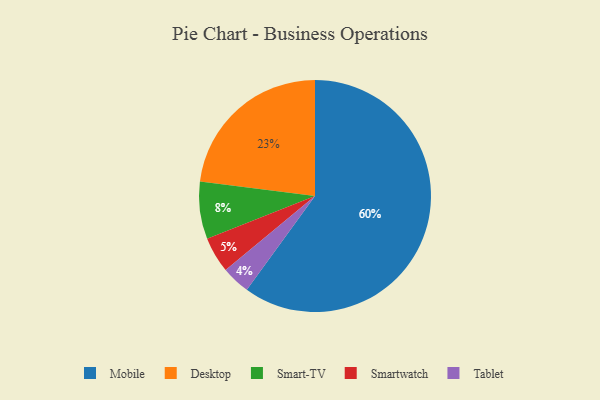
{"axis": {"x": "Category", "y": "Percentage"}, "legend": ["Desktop", "Mobile", "Smart-TV", "Smartwatch", "Tablet"], "data": [{"x": "Desktop", "y": 23, "type": "Desktop"}, {"x": "Tablet", "y": 4, "type": "Tablet"}, {"x": "Mobile", "y": 60, "type": "Mobile"}, {"x": "Smart-TV", "y": 8, "type": "Smart-TV"}, {"x": "Smartwatch", "y": 5, "type": "Smartwatch"}]}